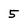
Character: 5